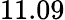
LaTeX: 11.09